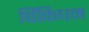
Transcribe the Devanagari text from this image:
बिंकिघम